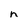
Character: n